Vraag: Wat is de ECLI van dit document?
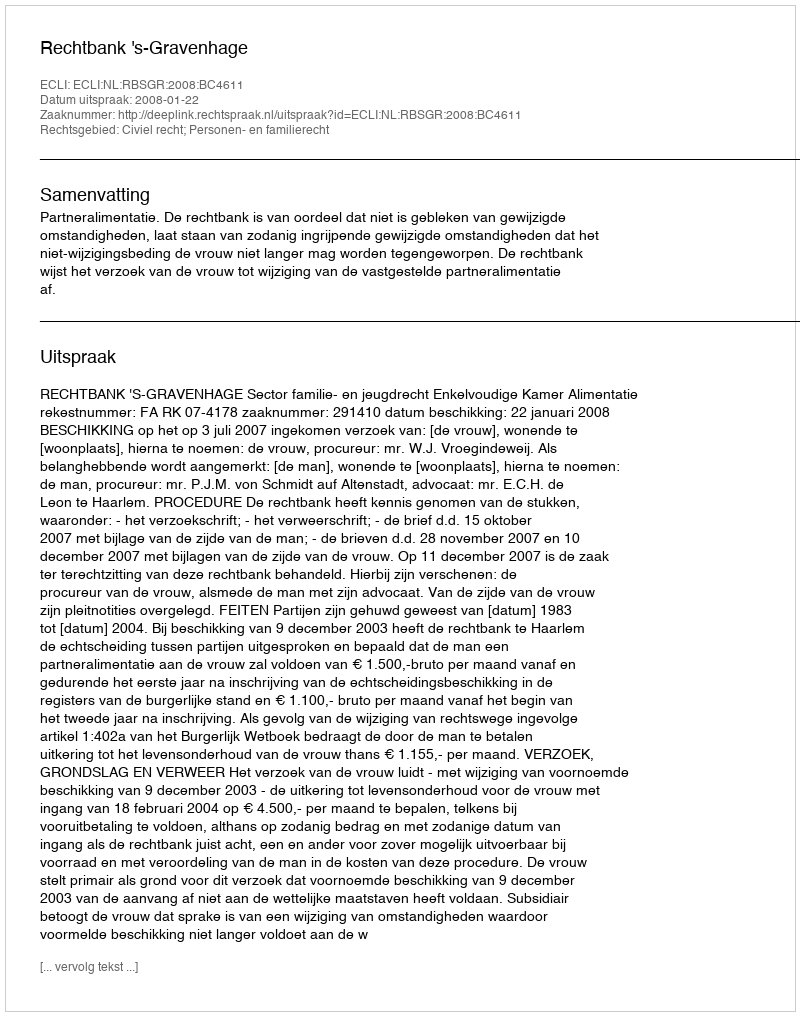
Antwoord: ECLI:NL:RBSGR:2008:BC4611